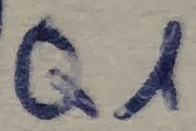
Text: Q1